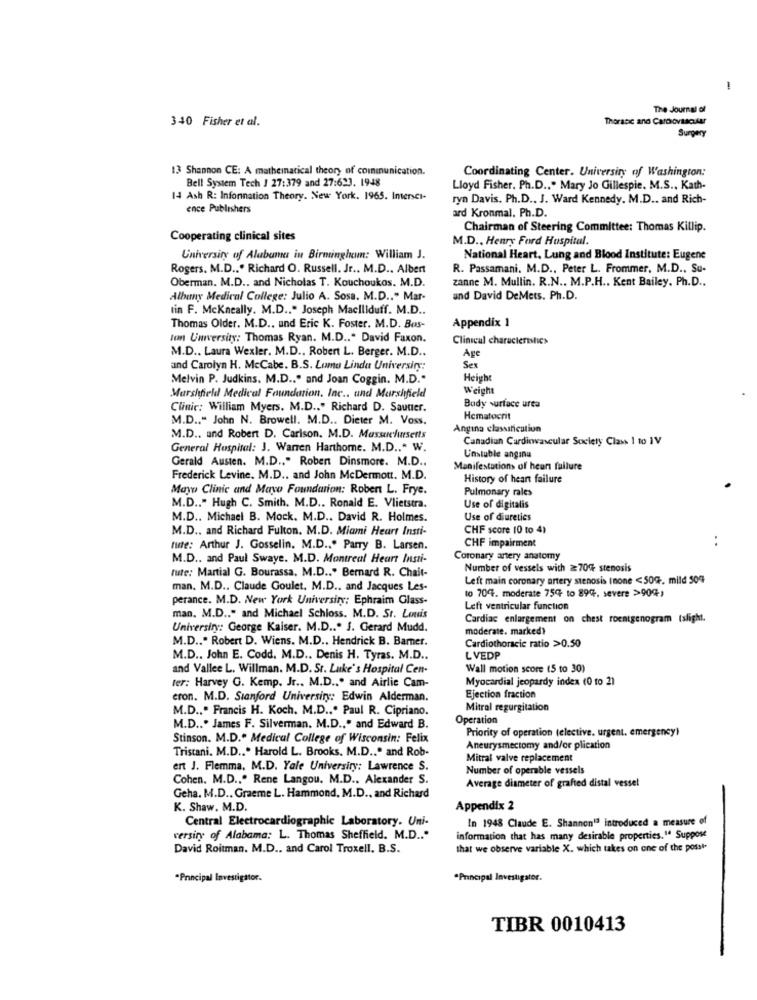
i
The Journal of
340 Fisher et al.
Thoracic and Cardiovascular
Surgery
13 Shannon CE: A mathematical theory of communication.
Coordinating Center. University of Washington:
Bell System Tech J 27:379 and 27:623. 1948
Lloyd Fisher, Ph.D ., " Mary Jo Gillespie, M.S ., Kath-
14 Ash R: Information Theory. New York. 1965. Intersci-
ryn Davis. Ph.D ., J. Ward Kennedy. M.D .. and Rich-
ence Publishers
ard Kronmal. Ph.D.
Chairman of Steering Committee: Thomas Killip.
Cooperating clinical sites
M.D ., Henry Ford Hospital.
University of Alabama in Birmingham: William J.
National Heart, Lung and Blood Institute: Eugene
Rogers. M.D ... Richard O. Russell. Jr .. M.D .. Albert
R. Passamani. M.D ., Peter L. Frommer, M.D ., Su-
Oberman. M.D ., and Nicholas T. Kouchoukos. M.D.
zanne M. Mullin. R.N .. M.P.H ., Kent Bailey. Ph.D ..
Albany Medical College: Julio A. Sosa. M.D .. " Mar-
and David DeMets. Ph.D.
tin F. Mckneally. M.D .. " Joseph Maciliduff. M.D.
Appendix 1
Thomas Older. M.D .. und Eric K. Foster. M.D. Bas-
ton University: Thomas Ryan. M.D ... David Faxon.
Clinical characteristics
M.D .. Laura Wexler. M.D ., Robert L. Berger. M.D ..
Age
and Carolyn H. McCabe. B.S. Loma Linda Universiry:
Sex
Melvin P. Judkins. M.D .. " and Joan Coggin. M.D."
Height
Weight
Marshfield Medical Foundation, Inc .. und Marshfield
Clinic: William Myers. M.D .. " Richard D. Sauter.
Body surface urea
M.D ., " John N. Browell. M.D .. Dieter M. Voss.
Hematocrit
Angina classification
M.D .. and Robert D. Carlson. M.D. Massachusetts
Canadian Cardiovascular Society Class 1 to 1V
General Hospital: J. Warren Harthome. M.D ... W.
Unsluble angina
Gerald Austen. M.D ., " Robert Dinsmore. M.D.
Manifestations of heart failure
Frederick Levine. M.D .. and John McDermott. M.D.
History of heart failure
Mayo Clinic and Mayo Foundation; Robert L. Frye.
Pulmonary rales
M.D .. " Hugh C. Smith. M.D .. Ronald E. Vlietstra.
Use of digitalis
M.D ., Michael B. Mock. M.D .. David R. Holmes.
Use of diuretics
M.D ., and Richard Fulton. M.D. Miami Heart Insti-
CHF score 10 to 4)
..
tute: Arthur J. Gosselin. M.D ... Parry B. Larsen.
CHF impairment
M.D ., and Paul Swaye. M.D. Montreal Heart Insti-
Coronary artery anatomy
rute: Martial G. Bourassa, M.D .. " Bernard R. Chait-
Number of vessels with 2700 stenosis
Left main coronary artery stenosis Inone <50%. mild 504
man. M.D ., Claude Goulet, M.D ., and Jacques Les-
10 704. moderate 75% to 89%, severe >90%)
perance. M.D. New York University; Ephraim Glass-
Left ventricular function
man. M.D .. " and Michael Schloss. M.D. St. Louis
Cardiac enlargement on chest roentgenogram Islight.
Universiry: George Kaiser. M.D ... J. Gerard Mudd.
moderate. marked?
M.D .. " Robert D. Wiens. M.D .. Hendrick B. Barner.
Cardiothoracic ratio >0.50
M.D .. John E. Codd. M.D .. Denis H. Tyras. M.D ..
L VEDP
and Vallee L. Willman. M.D. St. Luke's Hospital Cen-
Wall motion score (5 to 30)
Myocardial jeopardy index (0 to 2)
ter: Harvey G. Kemp. Jr ., M.D ... and Airlie Cam-
eron. M.D. Stanford University: Edwin Alderman.
Ejection fraction
M.D ., " Francis H. Koch. M.D ... Paul R. Cipriano.
Mitral regurgitation
Operation
M.D ... James F. Silverman. M.D ... and Edward B.
Priority of operation (elective. urgent. emergency)
Stinson. M.D." Medical College of Wisconsin: Felix
Tristani. M.D ... Harold L. Brooks. M.D ... and Rob-
Aneurysmectomy and/or plication
Mitral valve replacement
ert J. Flemma, M.D. Yale University: Lawrence S.
Number of operable vessels
Cohen. M.D .,. Rene Langou, M.D ., Alexander S.
Average diameter of grafted distal vessel
Geha. M.D ., Graeme L. Hammond, M.D ., and Richard
K. Shaw. M.D.
Appendix 2
Central Electrocardiogramaboratory. Uni-
In 1948 Claude E. Shannon1ª introduced a measure of
versity of Alabama: L. Thomas Sheffield. M.D .. "
information that has many desirable properties.1ª Suppose
David Roitman. M.D .. and Carol Troxell. B.S.
that we observe variable X. which takes on one of the posst.
"Principal Investigator.
*Principal Investigator.
TIBR 0010413